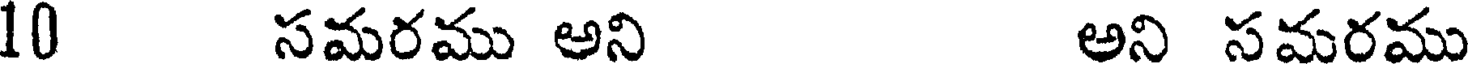
10 సమరము అని అని సమరము